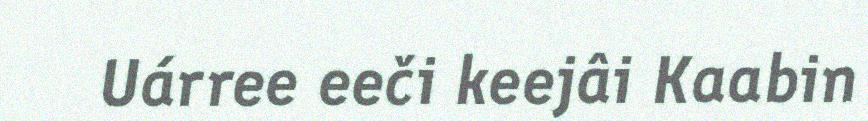
Uárree eeči keejâi Kaabin